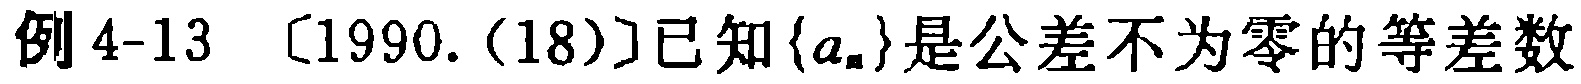
例 4-13 〔1990.(18)〕已知\(\{a_{n}\}\)是公差不为零的等差数